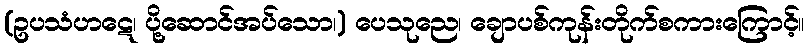
(ဥပသံဟဋေ၊ ပို့ဆောင်အပ်သော၊) ပေသုညေ၊ ချောပစ်ကုန်းတိုက်စကားကြောင့်။